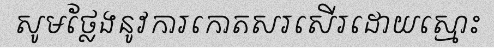
សូមថ្លែងនូវការកោតសរសើរដោយស្មោះ